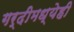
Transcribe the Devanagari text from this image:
गर्दीमध्येही